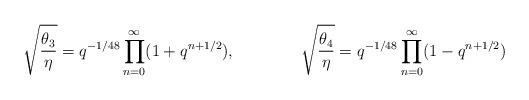
LaTeX: \begin{align*}\sqrt{\frac{\theta_3}{\eta}}=q^{-1/48}\prod_{n=0}^\infty (1+q^{n+1/2}),\qquad\qquad\sqrt{\frac{\theta_4}{\eta}}=q^{-1/48}\prod_{n=0}^\infty (1-q^{n+1/2})\end{align*}